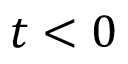
t < 0